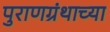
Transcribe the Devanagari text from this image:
पुराणग्रंथाच्या